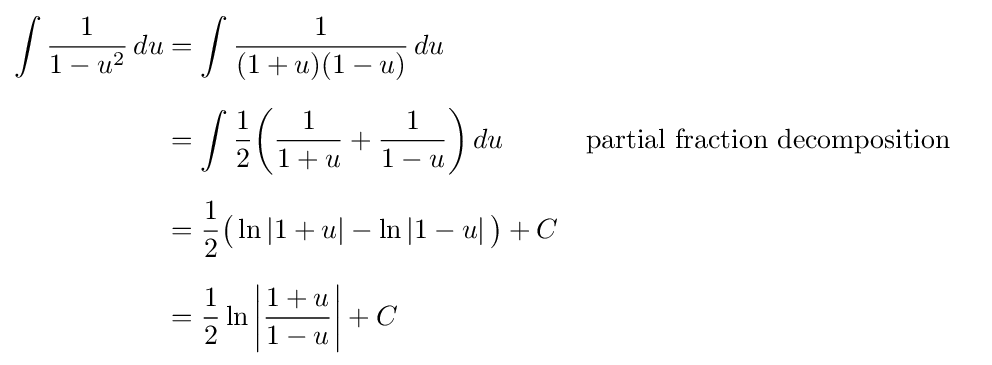
{\begin{aligned}\int {\frac {1}{1-u^{2}}}\,du&=\int {\frac {1}{(1+u)(1-u)}}\,du\\[6pt]&=\int {\frac {1}{2}}\!\left({\frac {1}{1+u}}+{\frac {1}{1-u}}\right)du&&{\text{partial fraction decomposition}}\\[6pt]&={\frac {1}{2}}{\bigl (}\ln \left|1+u\right|-\ln \left|1-u\right|{\bigr )}+C\\[6pt]&={\frac {1}{2}}\ln \left|{\frac {1+u}{1-u}}\right|+C\end{aligned}}